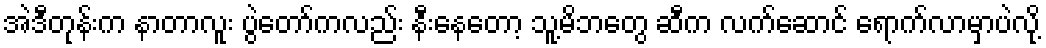
အဲဒီတုန်းက နာတာလူး ပွဲတော်ကလည်း နီးနေတော့ သူ့မိဘတွေ ဆီက လက်ဆောင် ရောက်လာမှာပဲလို့